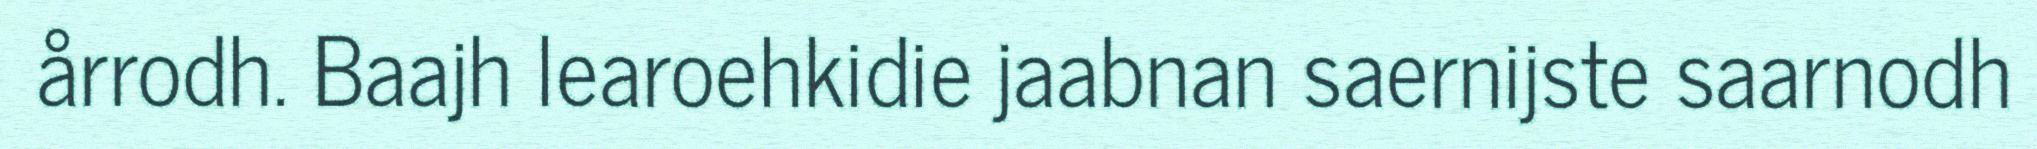
årrodh. Baajh learoehkidie jaabnan saernijste saarnodh